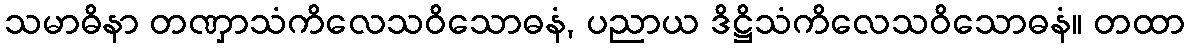
သမာဓိနာ တဏှာသံကိလေသဝိသောဓနံ, ပညာယ ဒိဋ္ဌိသံကိလေသဝိသောဓနံ။ တထာ